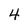
Character: 4